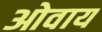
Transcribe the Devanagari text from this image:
ओवाय